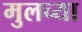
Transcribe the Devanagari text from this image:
मुलच्या